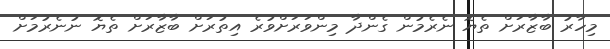
މިހާރު ބާޒާރަށް ތެޔޮ ނެރެމުން ގެންދާ މިންވަރަށްވުރެ އިތުރަށް ބާޒާރަށް ތެޔޮ ނުނެރުމަށް